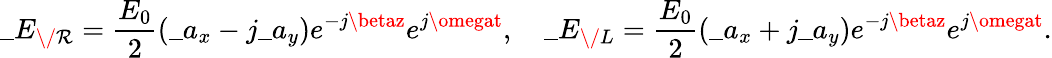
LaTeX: \_ E_{\/ \mathcal{R}}={\frac{{E_{0}}}{{2}}}(\_ a_{x}-j\_ a_{y})e^{-j\betaz}e^{j\omegat},\quad\_ E_{\/ L}={\frac{{E_{0}}}{{2}}}(\_ a_{x}+j\_ a_{y})e^{-j\betaz}e^{j\omegat}.